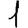
Digit: 1